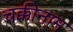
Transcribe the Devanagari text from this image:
चक्कीनाम